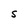
Character: S